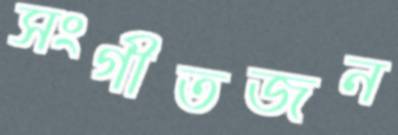
সংগীতজন